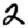
Digit: 2